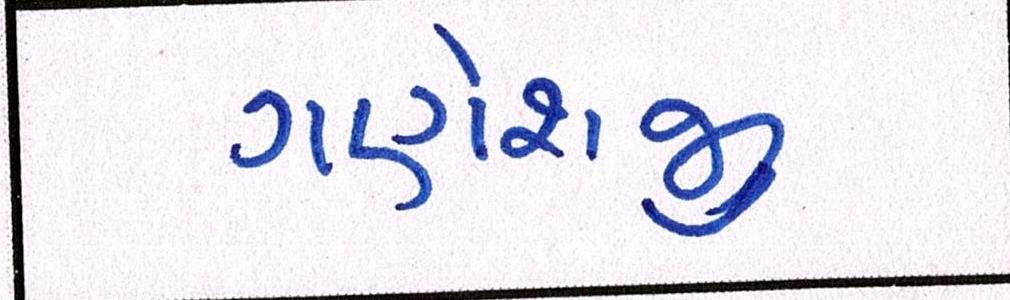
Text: ગણેશજી